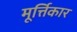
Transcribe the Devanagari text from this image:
मूर्त्तिकार